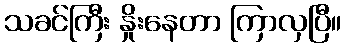
သခင်ကြီး နှိုးနေတာ ကြာလှပြီ။